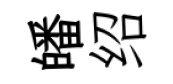
皤绍